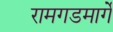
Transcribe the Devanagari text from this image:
रामगडमार्गे